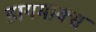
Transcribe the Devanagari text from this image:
डायमाक्स